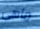
ماهى